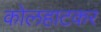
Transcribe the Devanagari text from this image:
कोलहाटकर